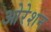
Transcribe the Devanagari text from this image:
ओरेशन